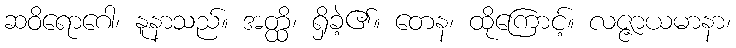
ဆဝိရောဂေါ၊ နူနာသည်။ အတ္ထိ၊ ရှိခဲ့၏။ တေန၊ ထိုကြောင့်။ လဇ္ဇာယမာနာ၊